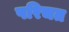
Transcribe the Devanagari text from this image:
परिचत